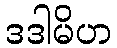
ဒဒါမိဟ